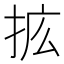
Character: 𰓥